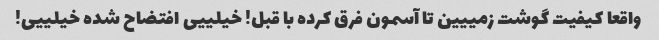
واقعا کیفیت گوشت زمییین تا آسمون فرق کرده با قبل! خیلییی افتضاح شده خیلییی!